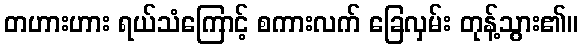
တဟားဟား ရယ်သံကြောင့် စကားလက် ခြေလှမ်း တုန့်သွား၏။